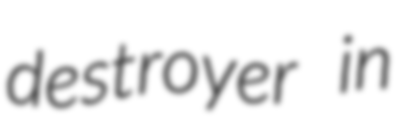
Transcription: destroyer in